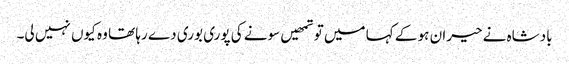
بادشاہ نے حیران ہو کے کہا میں تو تمھیں سونے کی پوری بوری دے رہا تھا وہ کیوں نہیں لی۔